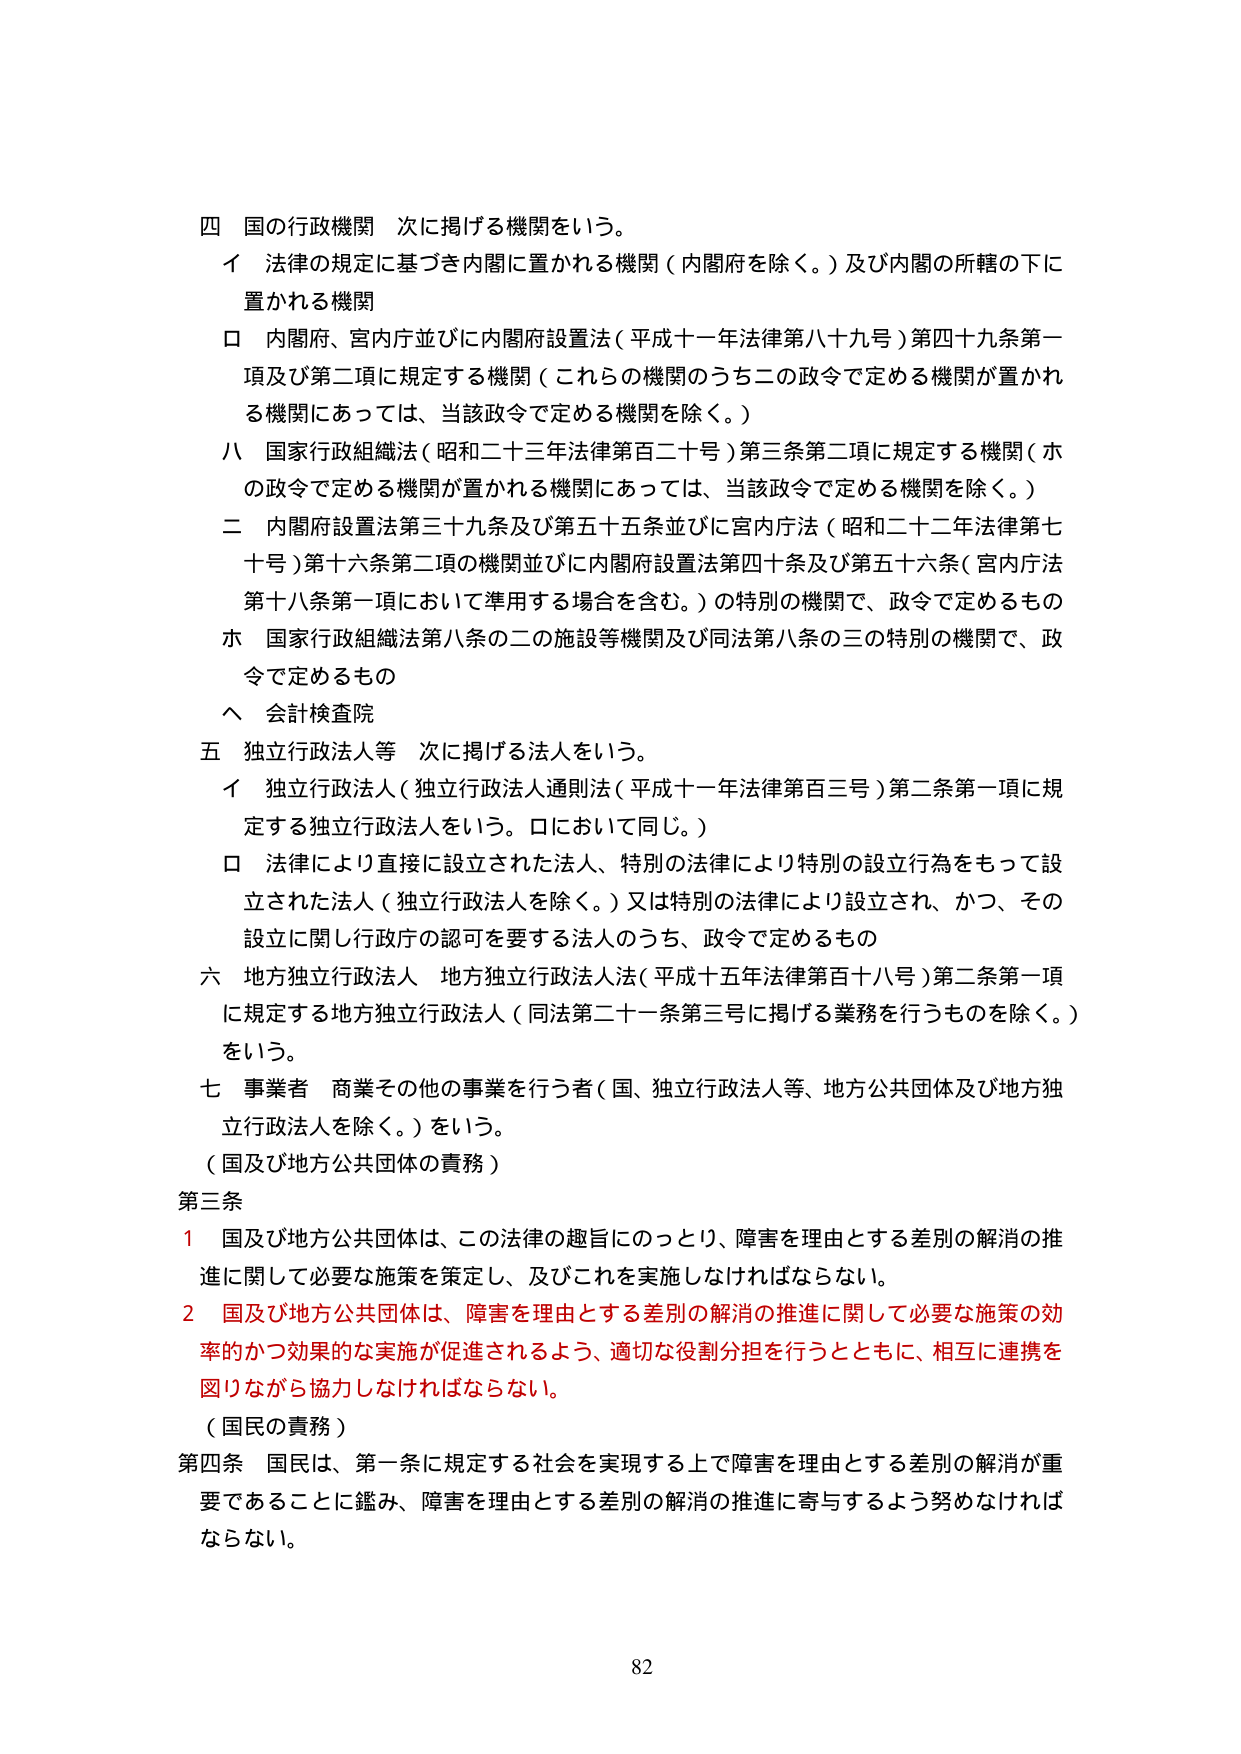
四 国の行政機関 次に掲げる機関をいう。
イ 法律の規定に基づき内閣に置かれる機関（内閣府を除く。）及び内閣の所轄の下に置かれる機関
ロ 内閣府、宮内庁並びに内閣府設置法（平成十一年法律第八十九号）第四十九条第一項及び第二項に規定する機関（これらの機関のうち二の政令で定める機関が置かれる機関にあっては、当該政令で定める機関を除く。）
ハ 国家行政組織法（昭和二十三年法律第百二十号）第三条第二項に規定する機関（ホの政令で定める機関が置かれる機関にあっては、当該政令で定める機関を除く。）
二 内閣府設置法第三十九条及び第五十五条並びに宮内庁法（昭和二十二年法律第七十号）第十六条第二項の機関並びに内閣府設置法第四十条及び第五十六条（宮内庁法第十八条第一項において準用する場合を含む。）の特別の機関で、政令で定めるもの
ホ 国家行政組織法第八条の二の施設等機関及び同法第八条の三の特別の機関で、政令で定めるもの
ヘ 会計検査院
五 独立行政法人等 次に掲げる法人をいう。
イ 独立行政法人（独立行政法人通則法（平成十一年法律第百三号）第二条第一項に規定する独立行政法人をいう。ロにおいて同じ。）
ロ 法律により直接に設立された法人、特別の法律により特別の設立行為をもって設立された法人（独立行政法人を除く。）又は特別の法律により設立され、かつ、その設立に関し行政府の認可を要する法人のうち、政令で定めるもの
六 地方独立行政法人 地方独立行政法人法（平成十五年法律第百十八号）第二条第一項に規定する地方独立行政法人（同法第二十一条第三号に掲げる業務を行うものを除く。）をいう。
七 事業者 商業その他の事業を行う者（国、独立行政法人等、地方公共団体及び地方独立行政法人を除く。）をいう。
（国及び地方公共団体の責務）
第三条
1 国及び地方公共団体は、この法律の趣旨にのっとり、障害を理由とする差別の解消の推進に関して必要な施策を策定し、及びこれを実施しなければならない。
2 国及び地方公共団体は、障害を理由とする差別の解消の推進に関して必要な施策の効率的かつ効果的な実施が促進されるよう、適切な役割分担を行うとともに、相互に連携を図りながら協力しなければならない。
（国民の責務）
第四条 国民は、第一条に規定する社会を実現する上で障害を理由とする差別の解消が重要であることに鑑み、障害を理由とする差別の解消の推進に寄与するよう努めなければならない。
82